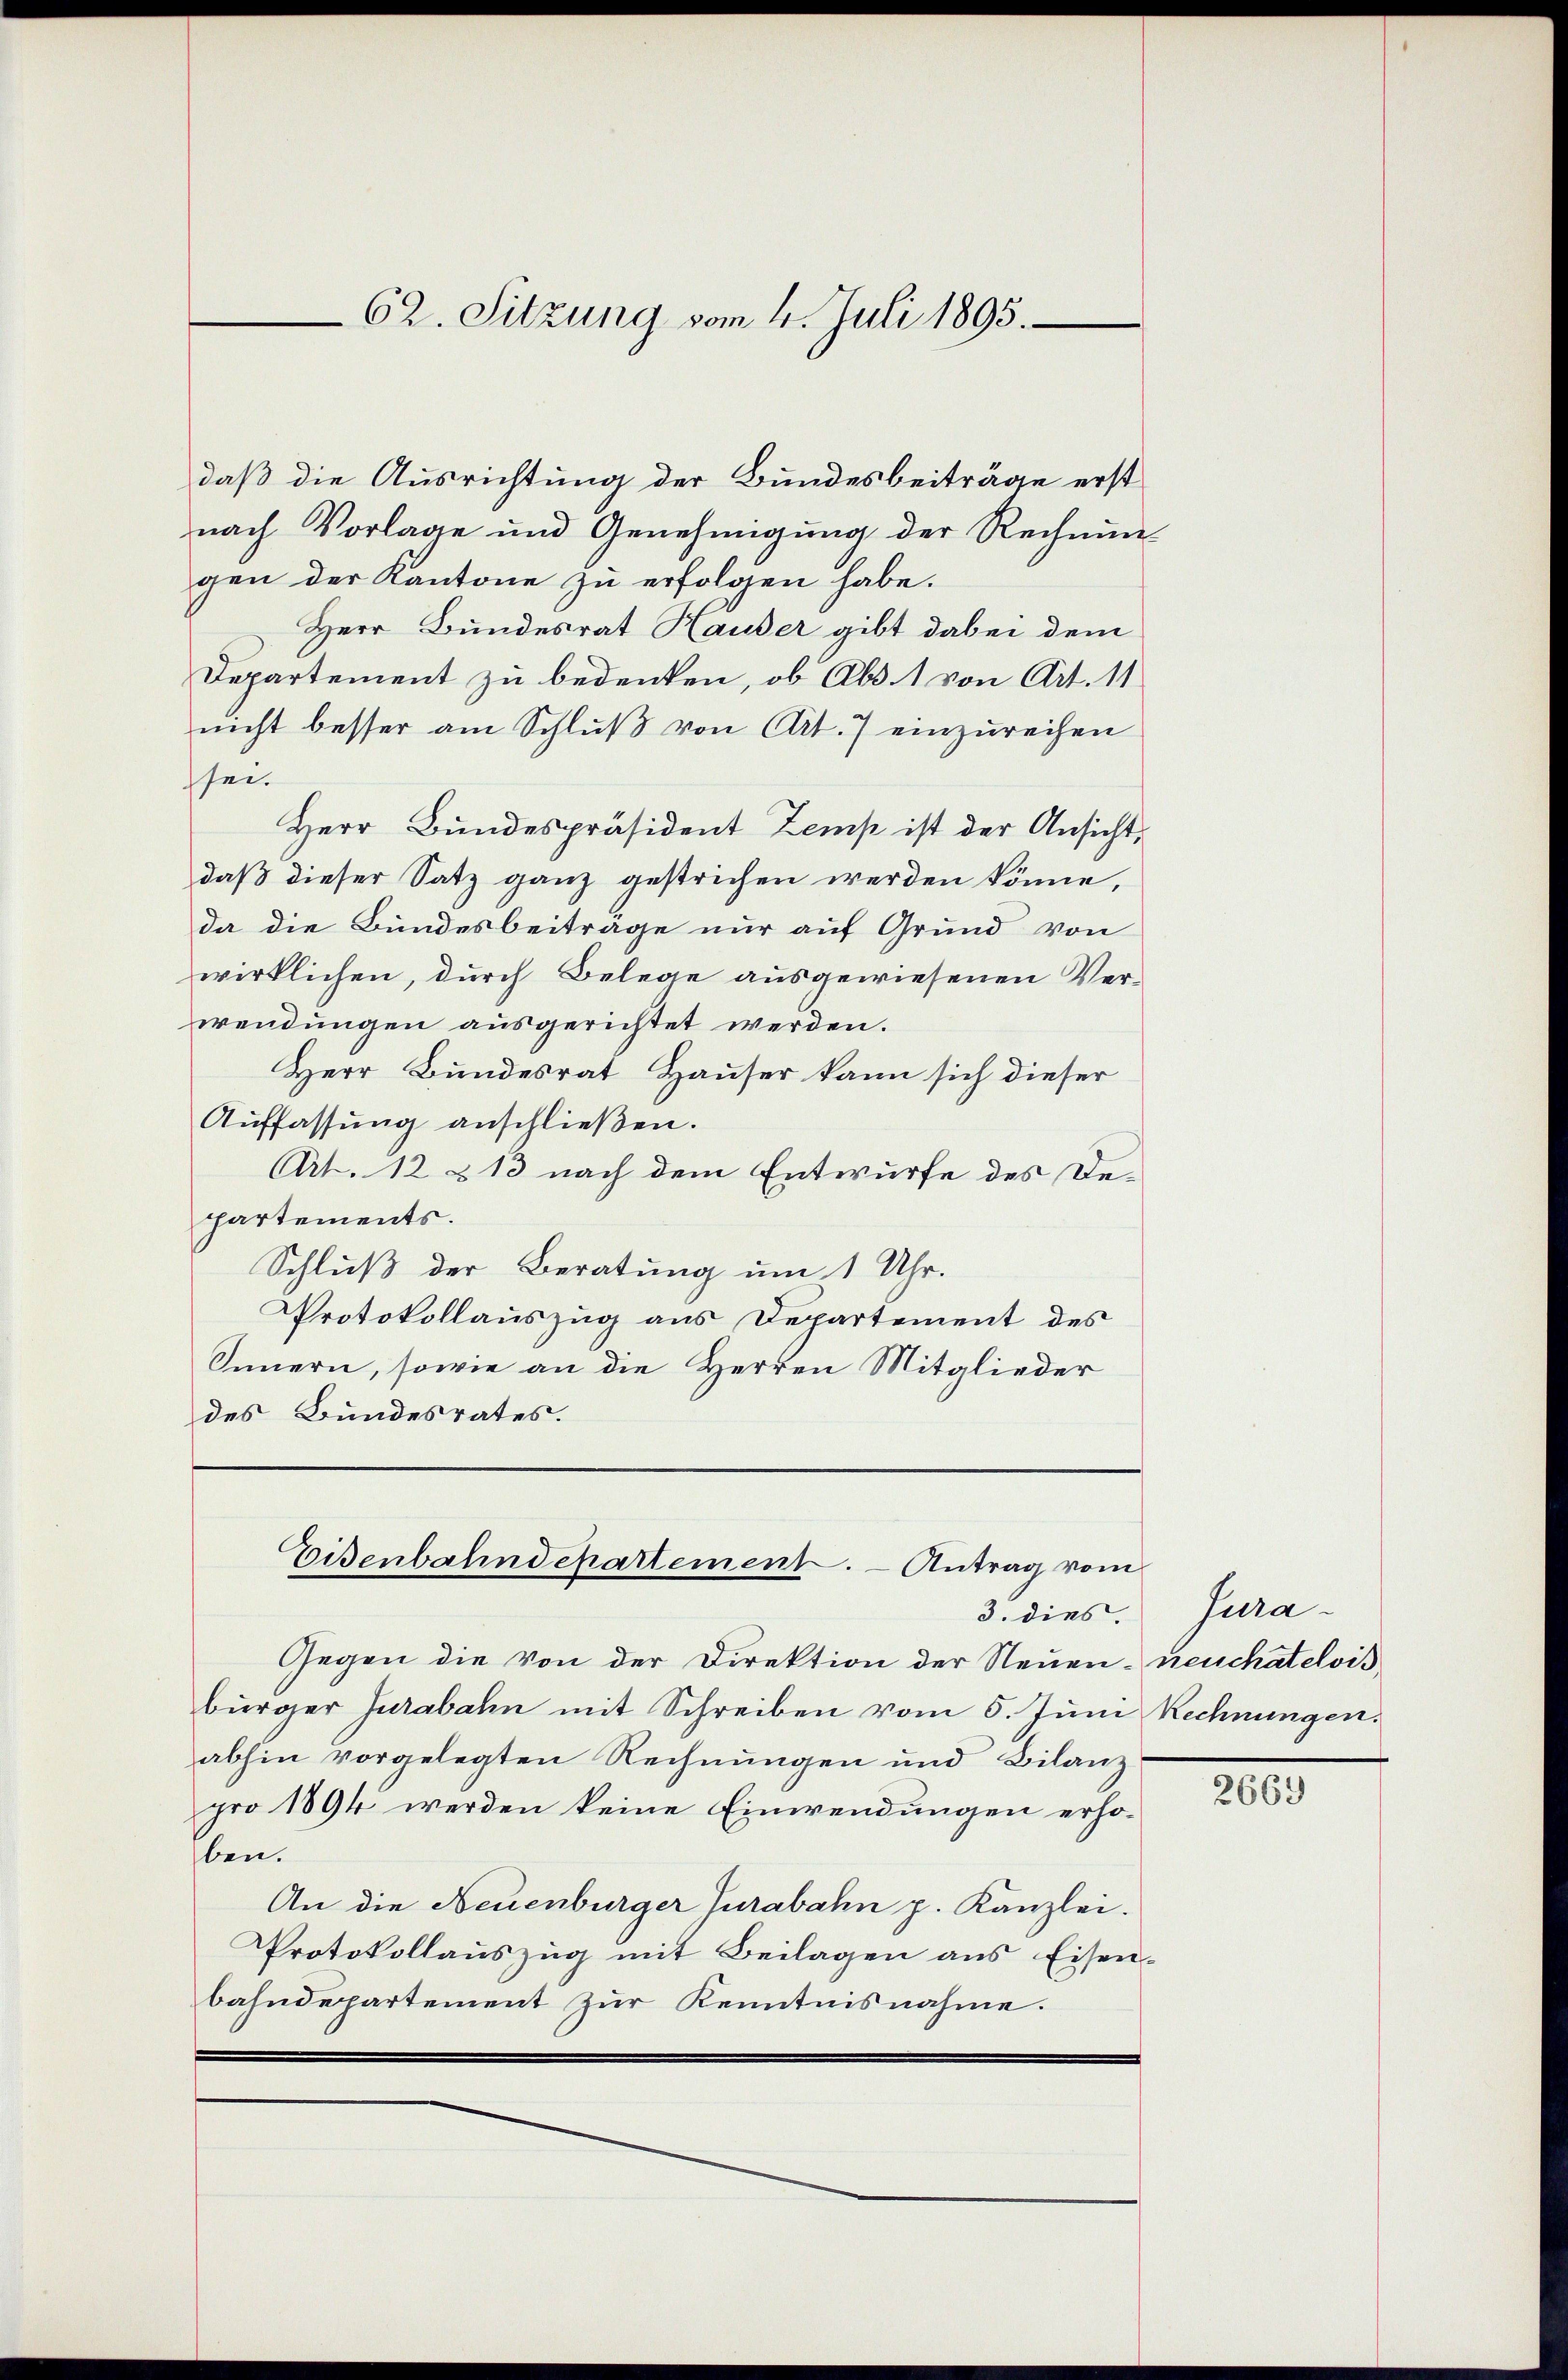
62. Sitzung vom 4. Juli 1895.

daß die Ausrichtung der Bundesbeiträge erst
nach Vorlage und Genehmigung der Rechnun
gen der Kantone zu erfolgen habe.
Herr Bundesrat Hauder gibt dabei dem
Departement zu bedenken, ob Abs. 1 von Art. 11
nicht besser am Schlŭβ von Art. 7 einzureihen
sei.
Herr Bundespräsident Zemp ist der Ansicht,
daß dieser Satz ganz gestrichen werden könne,
da die Bundesbeiträge nur auf Grund von
wirklichen, durch Belege ausgewiesenen Ver-
wendungen ausgerichtet werden.
Herr Bundesrat Hauser kann sich dieser
Aŭffassŭng anschlieβen.
Art. 12 & 13 nach dem Entwurfe des Departements.
Schluß der Beratung um 1 Uhr.
Protokollauszug aus Departement des
Innern, sowie an die Herren Mitglieder
des Bundesrates.

Eisenbahndepartement. - Antrag vom

3. dies.
Gegen die von der Direktion der Neuen neuchatelois
bürger Jurabahn mit Schreiben vom 5. Juni Rechnungen.
abhin vorgelegten Rechnungen und Bilanzpro 1894 werden keine Einwendungen erhoben.
An die Neuenburger Turabahn p. Kanzlei.
Protokollauszug mit Beilagen aus Eisen-
bahndepartement zur Kenntnisnahme.

Jura¬

2669